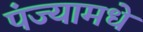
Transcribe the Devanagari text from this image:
पंज्यामधे